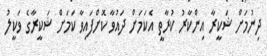
ދިނުމަށް ޝަކީރާ އިންކާރު ކުރާތީ އެކަމަށް ދައުވާ ކޮށްފައިވާ ކަމަށް ޝަކީރާގެ ވަކީލު